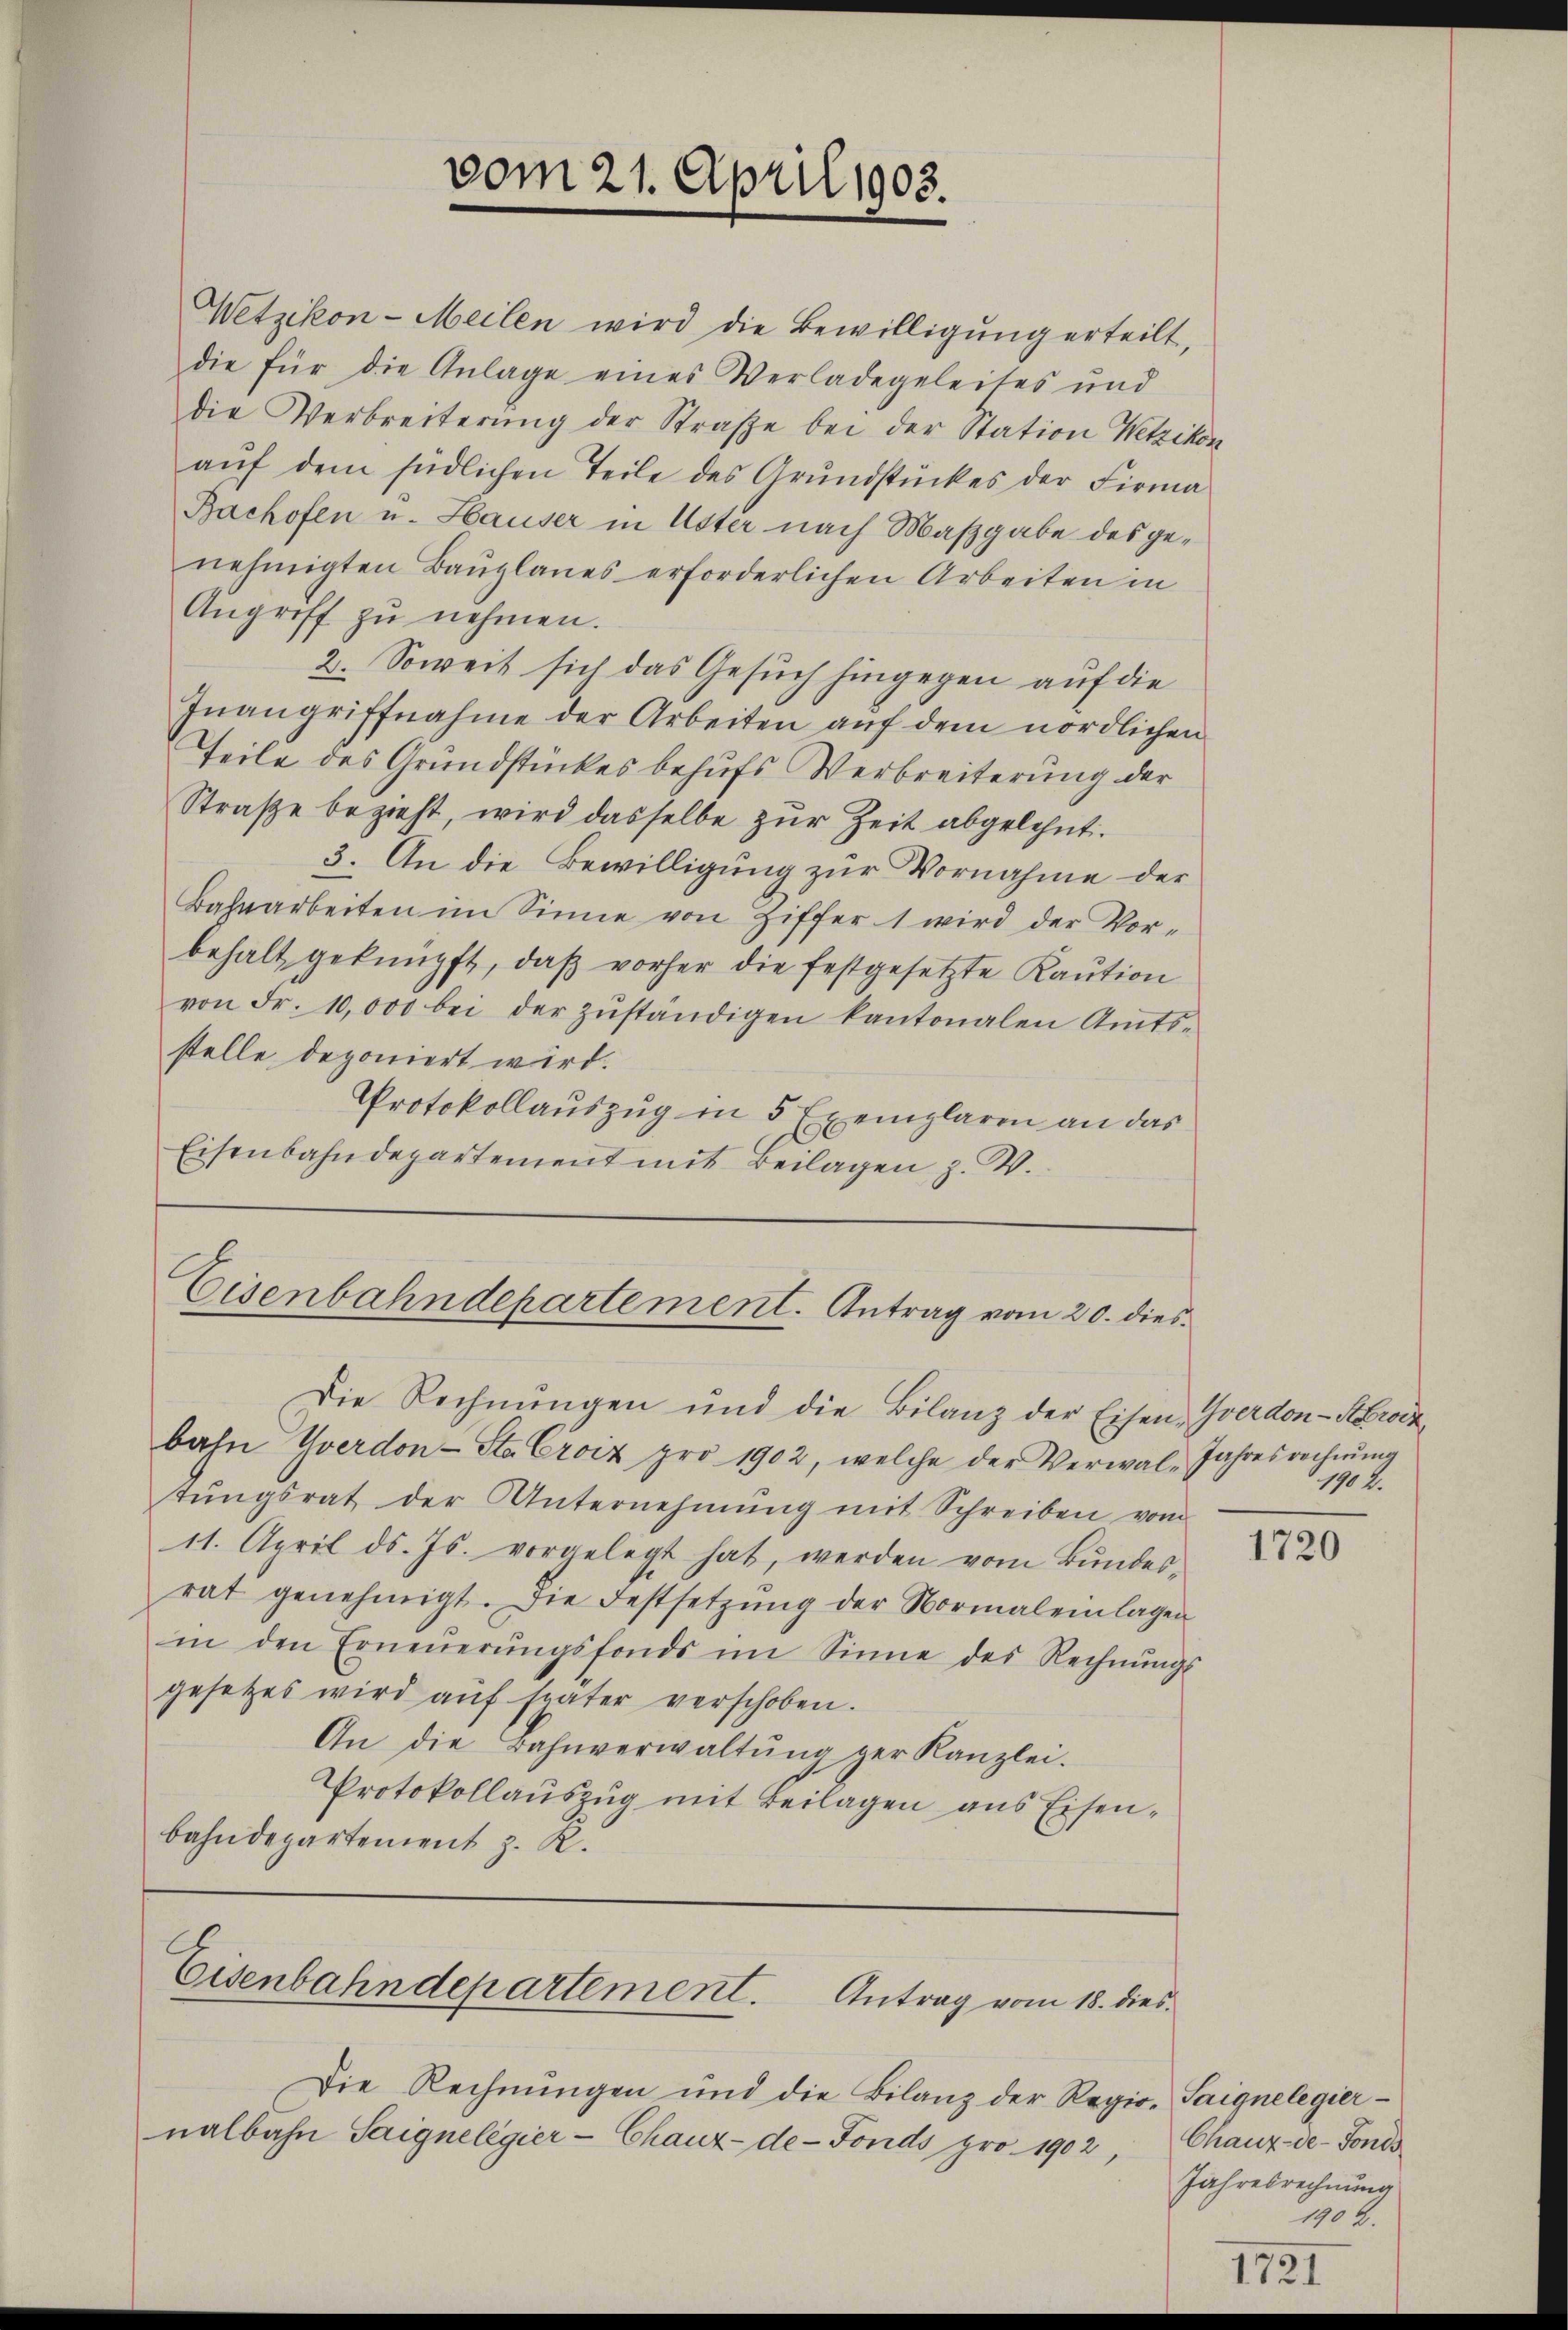
vom 21. April 1903.

Wetzikon-Meilen wird die Bewilligung erteilt,
die für die Anlage eines Verladegeleites und
die Verbreiterung der Straße bei der Station Wetzikon
aŭf dem südlichen Teile des Grundstückes der Firma
Bachofen u. Hauser in Uster nach Maßgabe des genehmigten Bauplanes erforderlichen Arbeiten in
Angriff zŭ nehmen.
2. Soweit sich das Gesuch hingegen auf die
Inangriffnahme der Arbeiten auf dem nördlichen
Teile des Grundstückes behufs Verbreiterung der
Straße bezieht, wird dasselbe zur Zeit abgelehnt.
3. An die Bewilligung zur Vornahme der
Bahnarbeiten im Sinne von Ziffer 1 wird der Vor-
behalt geknüpft, daβ vorher die festgesetzte Kaution
von Fr. 10,000 bei der zŭständigen kantonalen Amts-
stelle deponiert wird.
Protokollauszug in 5 Exemplaren an das
Eisenbahndepartement mit Beilagen z. B.

Eisenbahndepartement. Antrag vom 20. dies

Die Rechnungen und die Bilanz der Eisen- Yverdon-Krockbahn Yverdon-Sta Croix pro 1902, welche der Verwal-Jahresrechnŭng
tŭngsrat der Unternehmung mit Schreiben vom
11. April d. Js. vorgelegt hat, werden vom Bŭndes-
rat genehmigt. Die Festsetzŭng der Normal einlagen
in den Erneŭerŭngsfonds im Sinne des Rechnŭngs-
gesetzes wird aŭf später verschoben.
An die Bahnverwaltŭng der Kanzlei.
Protokollauszug mit Beilagen aus Eisenbahndepartement z. R.

Eisenbahndepartement. Antrag vom 18. dies

Die Rechnungen und die Bilanz der Regie
nalbahn Saignelegier-Chaux-de-Fonds pro 1902,

1904.

1720

o. Saigne legier
Chaux-de-Fonds
Jahresrechnung
190 f.